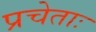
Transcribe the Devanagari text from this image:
प्रचेताः